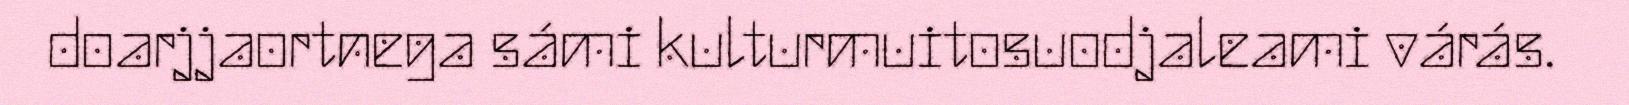
doarjjaortnega sámi kulturmuitosuodjaleami várás.